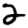
Digit: 2